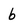
Character: b